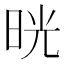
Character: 晄